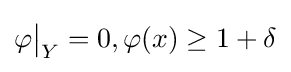
\varphi {\big \vert }_{Y}=0,\varphi (x)\geq 1+\delta